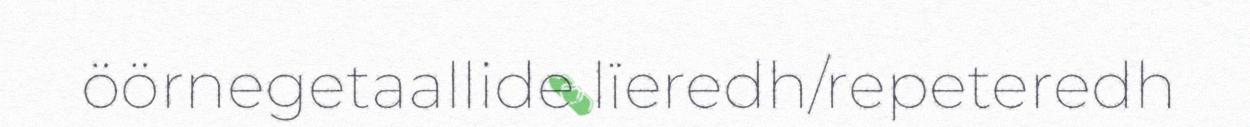
öörnegetaallide lïeredh/repeteredh